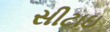
સીટાઇ